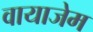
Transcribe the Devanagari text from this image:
वायाजेम